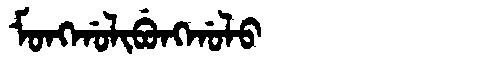
Manchu: ᠮᠣᠩᡤᠣᠯᡳᠪᡠᠩᡤᠣᠯᠣ
Romanization: MONGGOLIBUNGGOLO